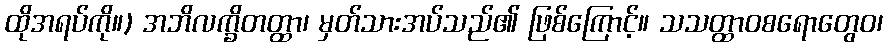
ထိုအရပ်ကို။) အဘိလက္ခိတတ္ထာ၊ မှတ်သားအပ်သည်၏ ဖြစ်ကြောင့်။ သသတ္ထာဝစရောတွေဝ၊